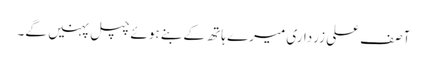
آصف علی زرداری میرے ہاتھ کے بنے ہوئے چپل پہنیں گے۔